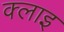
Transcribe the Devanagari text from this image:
क्लाइ